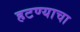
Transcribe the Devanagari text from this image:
हटण्याचा